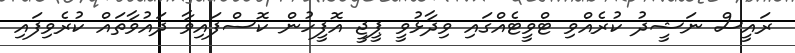
ރައީސް ނަޝީދު ކުރެއްވި ޓްވީޓެއްގައި ވިދާޅުވީ ޕީޖީ އޮފީހުން ކޮސްފައިވާ ދައުވާތައް ކުރެވިފައި